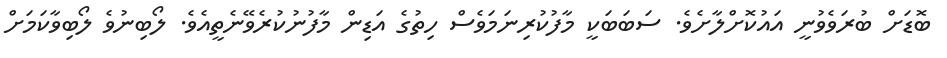
ބޮޑަށް ބުރަވެވުނީ އައުކޮށްލާށެވެ. ސަބަބަކީ މާފުކުރިނަމަވެސް ހިތުގެ އަޑިން މާފުނުކުރެވޭނެތީއެވެ. ލޯބިނުވެ ލޯބިވާކަމަށް